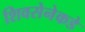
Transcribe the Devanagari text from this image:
शिवसेनेकडे